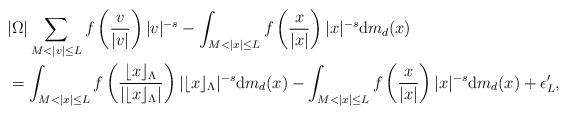
LaTeX: \begin{align*}&|\Omega|\sum_{M<|v|\leq L}f\left(\frac{v}{|v|}\right)|v|^{-s}-\int_{M<|x|\leq L}f\left(\frac{x}{|x|}\right)|x|^{-s}\mathrm{d}m_d(x)\\&=\int_{M<|x|\leq L}f\left(\frac{\lfloor x\rfloor_{\Lambda}}{|\lfloor x\rfloor_{\Lambda}|}\right)|\lfloor x\rfloor_{\Lambda}|^{-s}\mathrm{d}m_d(x)-\int_{M<|x|\leq L}f\left(\frac{x}{|x|}\right)|x|^{-s}\mathrm{d}m_d(x)+\epsilon'_L,\end{align*}